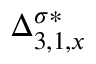
\Delta _ { 3 , 1 , x } ^ { \sigma * }